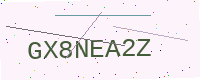
Text: GX8NEA2Z